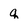
Character: q